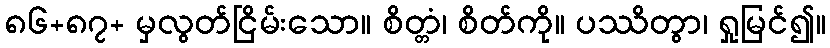
၈၆+၈၇+ မှလွတ်ငြိမ်းသော။ စိတ္တံ၊ စိတ်ကို။ ပဿိတွာ၊ ရှုမြင်၍။